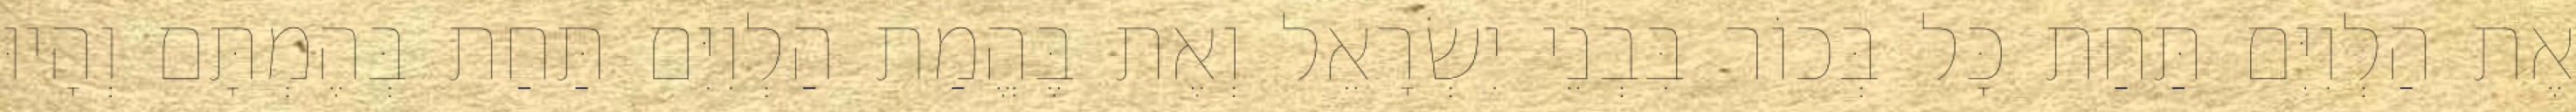
אֶת הַלְוִיִּם תַּחַת כָּל בְּכוֹר בִּבְנֵי יִשְׂרָאֵל וְאֶת בֶּהֱמַת הַלְוִיִּם תַּחַת בְּהֶמְתָּם וְהָיוּ